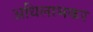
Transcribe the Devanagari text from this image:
अधिलाभकर